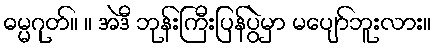
ဓမ္မဂုတ်။ ။ အဲဒီ ဘုန်းကြီးပြန်ပွဲမှာ မပျော်ဘူးလား။